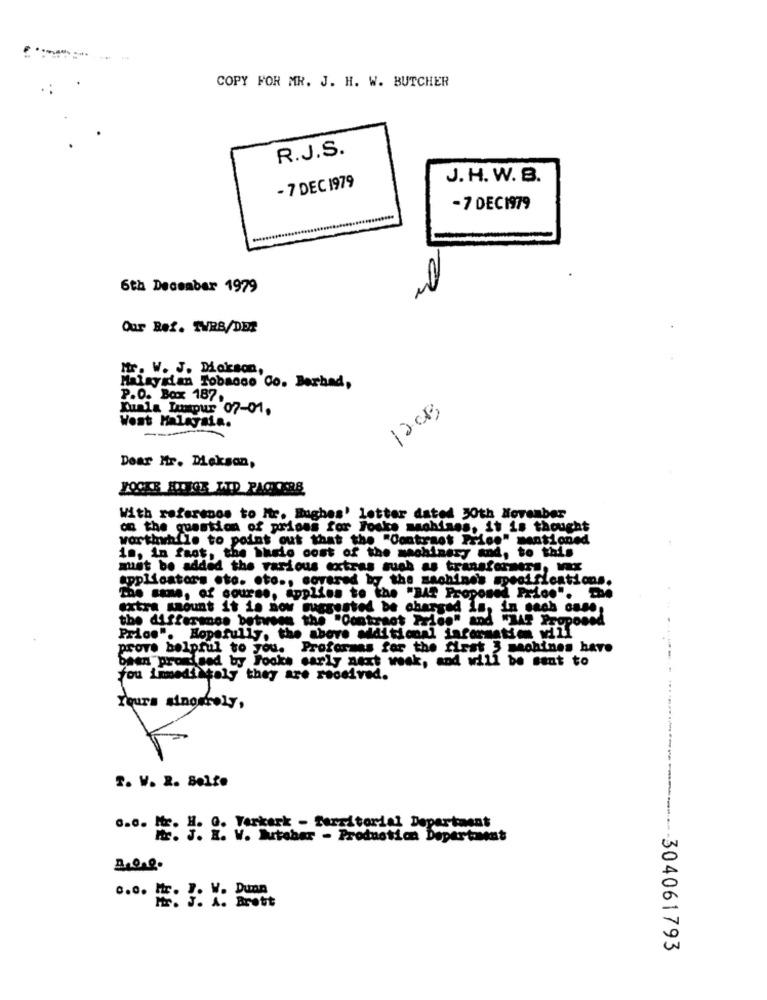
COPY FOR MR. J. H. W. BUTCHER
R.J.S.
- 7 DEC 1979
J. H. W. B.
-7 DEC1979
6th December 1979
Our Bef. TVRB/DE:
Mr. W. J. Dickson,
Malaysian Tobacco Co. Berhad,
P.O. Box 187.
Kuala Lumpur 07-01.
1200
Wost Malaysia.
---
Dear Mr. Dieksan,
With referenos to Itr. Hughes' letter dated XOth November
on the question of prices for Foske machines, it is thought
worthwhile to point out that the "Contrast Prise" mentioned
is, in fact, the husio cost of the machinery and, to this
must be added the various extras such as transformers, V.X
applicators oto. oto ., covered by the machine's specifications.
The same, of course, applies to the "BAT Proposea Price". De
extra smount it is now suggested be charged
Fue is, in each case,
the difference between the "Contract Pries" and "LAr Proposed
Price". Hopefully, the above additional information will
prove helpful to you. Proformas for the first 3 machines have
---
been promised by looks early next week, and will be sent to
fou immediately they are received.
Yours sinosfoly,
T. V. R. Selfe
o-o- Hr- H. 0. Verkark - Territorial Department
W. Tutohar - Production Depertont
-- 304061793